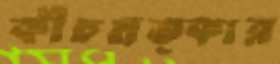
কীচমত্কার